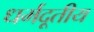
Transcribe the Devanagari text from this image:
धर्मदूतीय